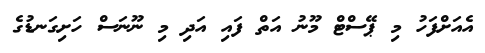
އެއަށްފަހު މި ޕޭސްޓް މޫނު އަތް ފައި އަދި މި ނޫނަސް ހަށިގަނޑުގެ